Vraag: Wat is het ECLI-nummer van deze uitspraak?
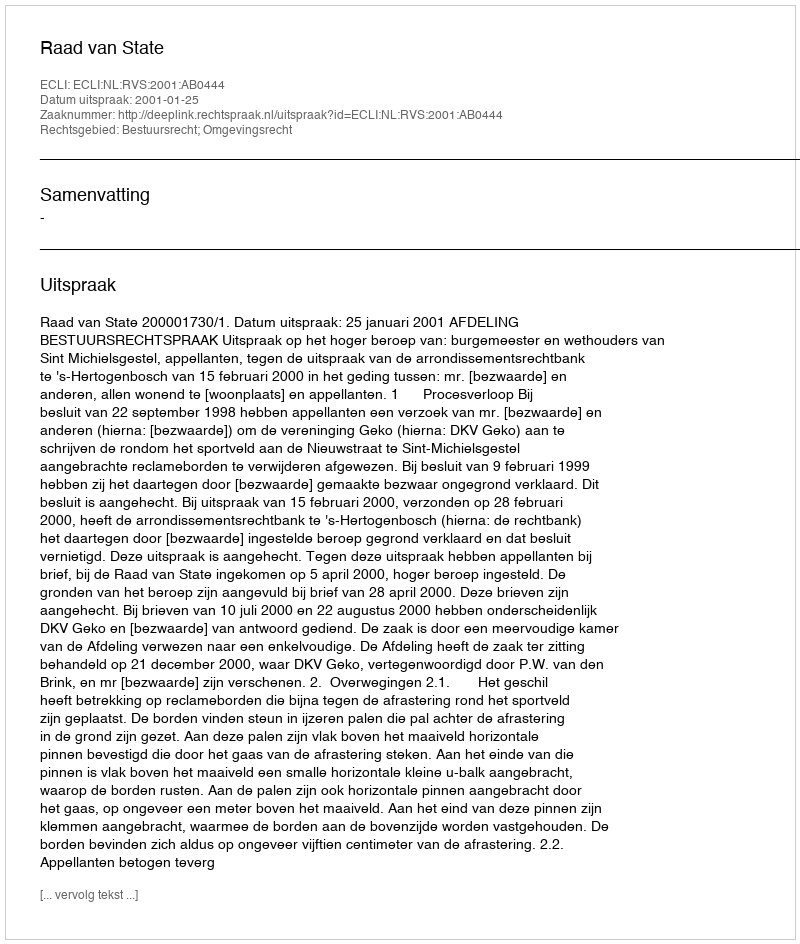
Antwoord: ECLI:NL:RVS:2001:AB0444